Vaccination in Bombay 1874-1876 - 1874-1876
Year: 1874
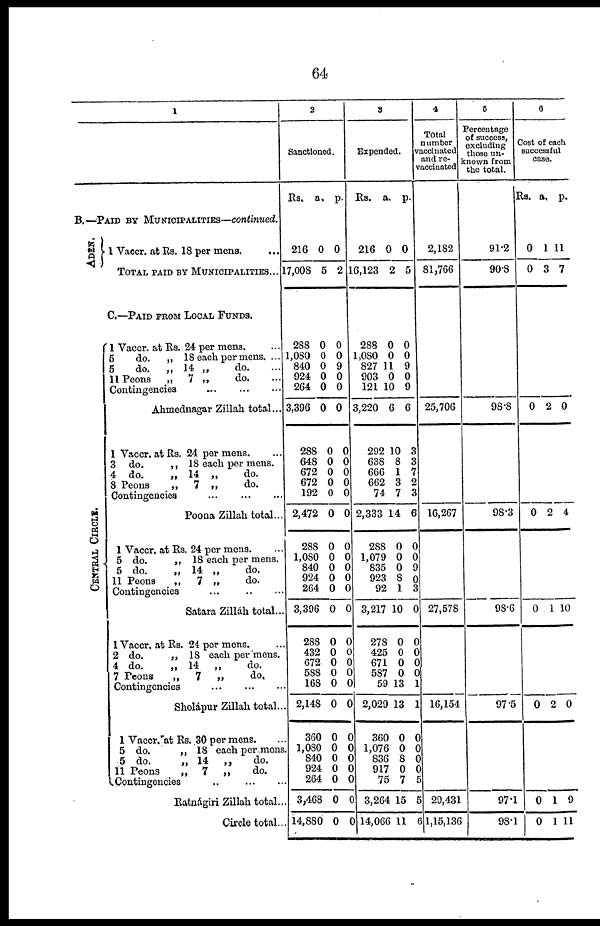
64
1
B.—PAID BY MUNICIPALITIES—continued.
ADEN.
1 Vaccr. at Rs. 18 per mens.
TOTAL PAID BY MUNICIPALITIES...
C.—PAID FROM LOCAL FUNDS.
CENTRAL CIRCLE.
1 Vaccr. at Rs. 24 per mens. ...
5
do.
„ 18 each per mens. ...
5
do.
„ 14 „
do.
11 Peons
„
7 „
do.
Contingencies
...
...
...
Ahmednagar Zillah total...
1 Vaccr, at Rs. 24 per mens. ...
3 do.
„ 18 each per mens.
4 do.
„ 14 „
do.
8 Peons
„
7 „
do.
Contingencies
...
...
...
Poona Zillah total...
1 Vaccr. at Rs. 24 per mens. ...
5 do.
„ 18 each per mens. ....
5 do.
„ 14 „
do.
11 Peons
„
7 „
do.
Contingencies
...
...
...
Satara Zilláh total...
1 Vaccr. at Rs. 24 per mens.
2 do.
„ 18 each per mens.
4 do.
„ 14
„
do.
7 Peons
„
7
„
do.
Contingencies
...
...
...
Sholápur Zillah total..
1 Vaccr. at Rs. 30 per mens.
5 do.
„ 18 each per mens
5 do.
„ 14
„
do.
11 Peons
„
7
„
do.
Contingencies
..
Ratnágiri Zillah total..
Circle total..
2
Sanctioned.
Rs.
a. p.
216
17,008
0
5
0
2
288
1,080
840
924
264
3,396
288
648
672
672
192
2,472
288
1,080
840
924
264
3,396
288
432
672
588
168
2,148
360
1,080
840
924
264
3,468
14,880
0
0
0
0
0
0
0
0
0
0
0
0
0
0
0
0
0
0
0
0 0
0
0
0
0
0
0 0
0
0
0
0
0
9
0
0
0
0
0
0
0
0
0
0
0
0
0
0
0
0
0 0
0
0
0
0
0
0
0
0
0
0
3
Expended.
Rs.
a. p.
216
16,123
0
2
0
5
288
1,080
827
903
121
3,220
292
638
666
662
74
2,333
288
1,079
835
923
92
3,217
278
425
671
587
59
2,029
360
1,076
836
917
75
3,264
14,066
0
0
11
0
10
6
10
8
1
3
7
14
0
0
0
8
1
10
0
0
0
0
13
13
0
0
8
0
7
15
11
0
0
9
0
9
6
3
3
7
2
3
6
0
0
9
0
3
0
0
0
0
0 1
1
0
0
0
0
5
5
6
4
Total
number
Viccinated
and re-
vaccinated
2,182
81,766
25,706
16,267
27,578
16,154
29,431
1,15,136
5
Percentage
of success,
excluding
those un-
known from
the total.
91.2
90.8
98.8
98.3
98.6
97.5
97.1
98.1
6
Cost of each
successful
case..
Rs. a. p.
0
0
1
3
11
7
0
0
0
0
0
0
2
2
1
2
1
1
0
4
10
0
9
11